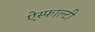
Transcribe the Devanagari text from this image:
ऐस्फाल्टी